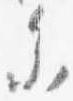
参